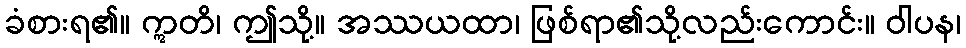
ခံစားရ၏။ ဣတိ၊ ဤသို့။ အဿယထာ၊ ဖြစ်ရာ၏သို့လည်းကောင်း။ ဝါပန၊